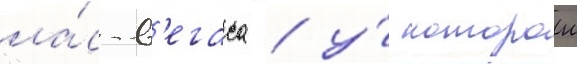
ла́с-в'егаса / у́ которои